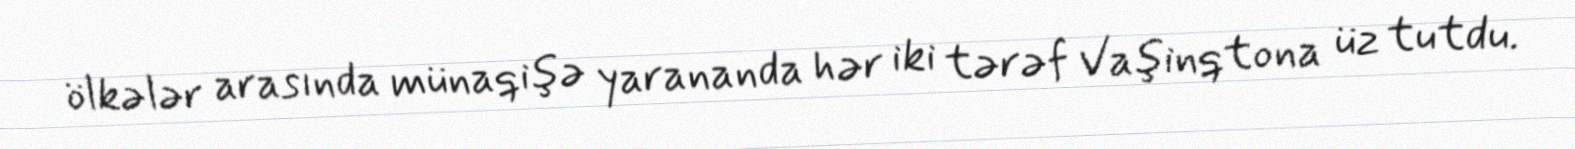
ölkələr arasında münaqişə yarananda hər iki tərəf Vaşinqtona üz tutdu.